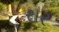
રાર